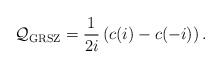
\begin{align*}{\cal Q_{\mathrm{GRSZ}}} = \frac{1}{2i} \left( c(i) - c(-i) \right).\end{align*}